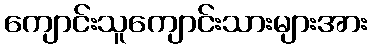
ကျောင်းသူကျောင်းသားများအား